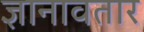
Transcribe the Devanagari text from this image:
ज्ञानावतार